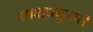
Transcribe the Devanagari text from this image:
साक्षात्कुरुते